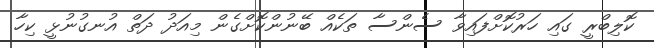
ކޮލިބްރީ ގައި ހަރުކޮށްފައިވާ ސެންސާ ތަކެއް ބޭނުންކޮށްގެން މިއަދު ދަތް އުނގުނުޅީ ކިހާ